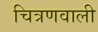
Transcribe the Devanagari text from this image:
चित्रणवाली